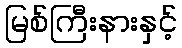
မြစ်ကြီးနားနှင့်